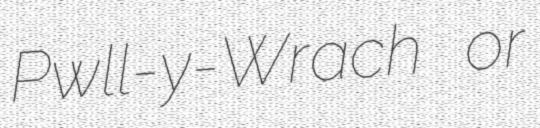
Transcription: Pwll-y-Wrach or